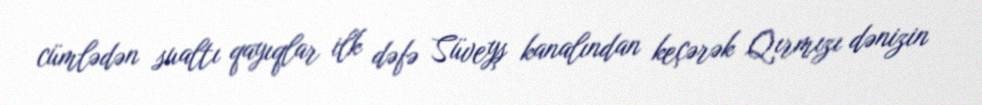
cümlədən sualtı qayıqlar ilk dəfə Süveyş kanalından keçərək Qırmızı dənizin